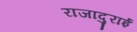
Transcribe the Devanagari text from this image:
राजादुराई